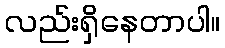
လည်းရှိနေတာပါ။